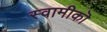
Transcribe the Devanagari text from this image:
स्वामीकॊ